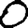
Digit: 0